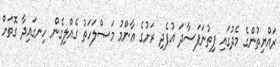
ރައްޔިތުންގެ މެދުގައި ފިތުނަފަސާދަ އުފެދި ރަށުގެ ޢާންމު މަޞްލަހަތު ގެއްލިގެން ހިނގައިދާ ގޮތަށް